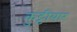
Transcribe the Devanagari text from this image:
कुट्टीयार